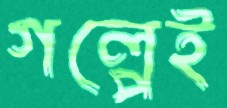
গল্পেই